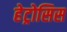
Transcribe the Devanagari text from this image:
हेट्रोसिस